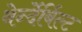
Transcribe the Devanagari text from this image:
वेर्न्देर्बिल्ट